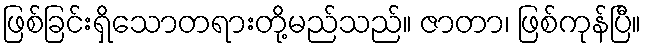
ဖြစ်ခြင်းရှိသောတရားတို့မည်သည်။ ဇာတာ၊ ဖြစ်ကုန်ပြီ။